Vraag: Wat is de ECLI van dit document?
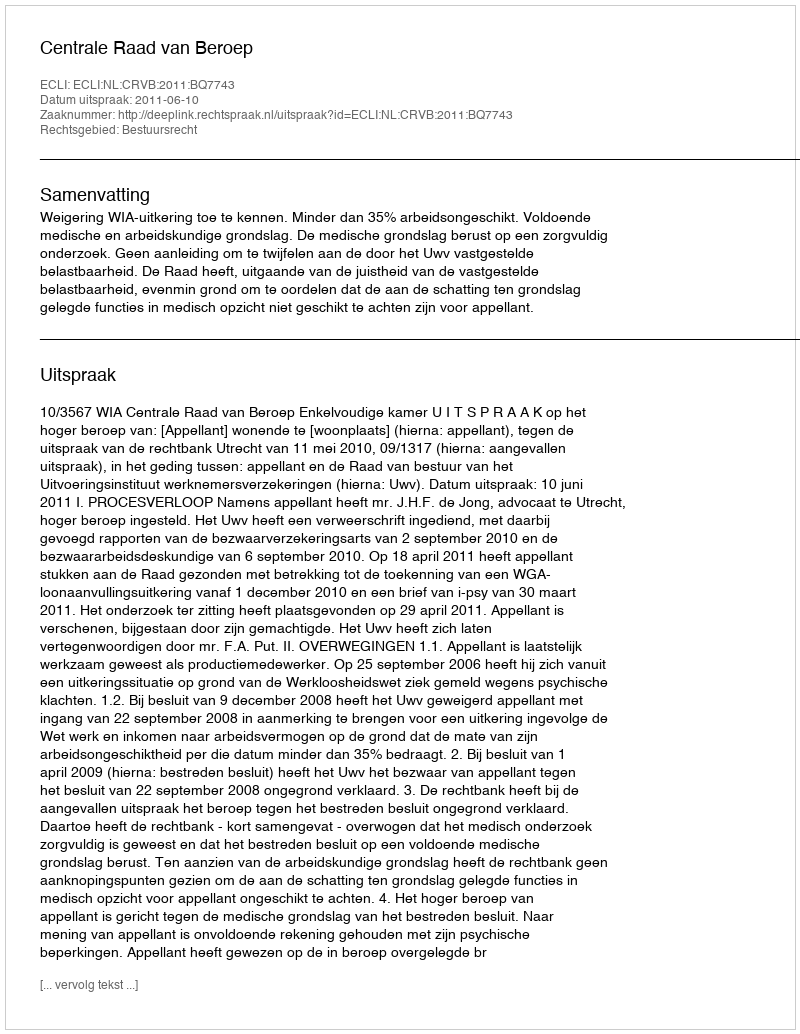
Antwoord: ECLI:NL:CRVB:2011:BQ7743